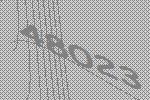
48023